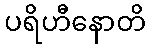
ပရိဟီနောတိ